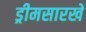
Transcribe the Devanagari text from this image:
ड्रीमसारखे